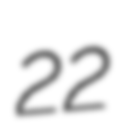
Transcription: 22